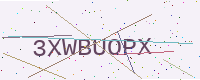
Text: 3XWBUOPX